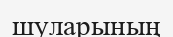
шуларының